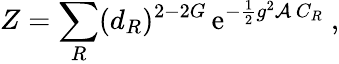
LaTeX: Z=\sum_{R}(d_{R})^{2-2G}\, \mathrm{e}^{-{\frac{1}{2}}g^{2}{\cal A}\, C_{R}}~,